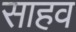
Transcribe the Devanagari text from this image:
साहव